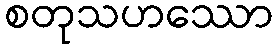
စတုသဟဿော